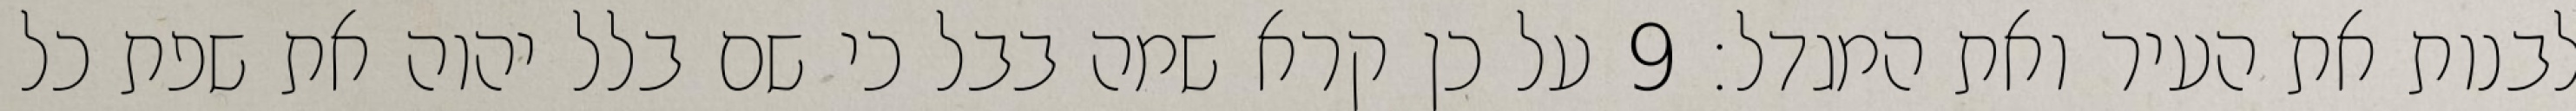
לבנות את העיר ואת המגדל׃ ‎9‏ על כן קרא שמה בבל כי שם בלל יהוה את שפת כל